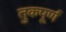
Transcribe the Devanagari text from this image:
तुकपूर्ण